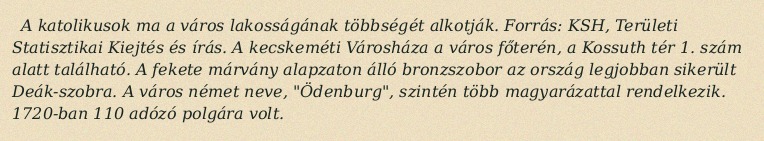
A katolikusok ma a város lakosságának többségét alkotják. Forrás: KSH, Területi Statisztikai Kiejtés és írás. A kecskeméti Városháza a város főterén, a Kossuth tér 1. szám alatt található. A fekete márvány alapzaton álló bronzszobor az ország legjobban sikerült Deák-szobra. A város német neve, "Ödenburg", szintén több magyarázattal rendelkezik. 1720-ban 110 adózó polgára volt.